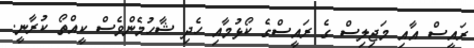
ރައީސް އާއި މަޖިލިސް ގެ ރައީސްގެ ކޯޅުމާއި ހެދި ޝާހުމެންވެސް ކީއްތޯ ކުރާނީ.